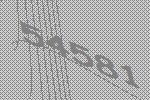
54581